Bréfritari: Guðrún Þorsteinsdóttir
Viðtakandi: Páll Pálsson
Dagsetning: A-1872-04-14
Skrifað á: Breiðabólsstað  Rang.
Páll er móðurbróðir Guðrúnar

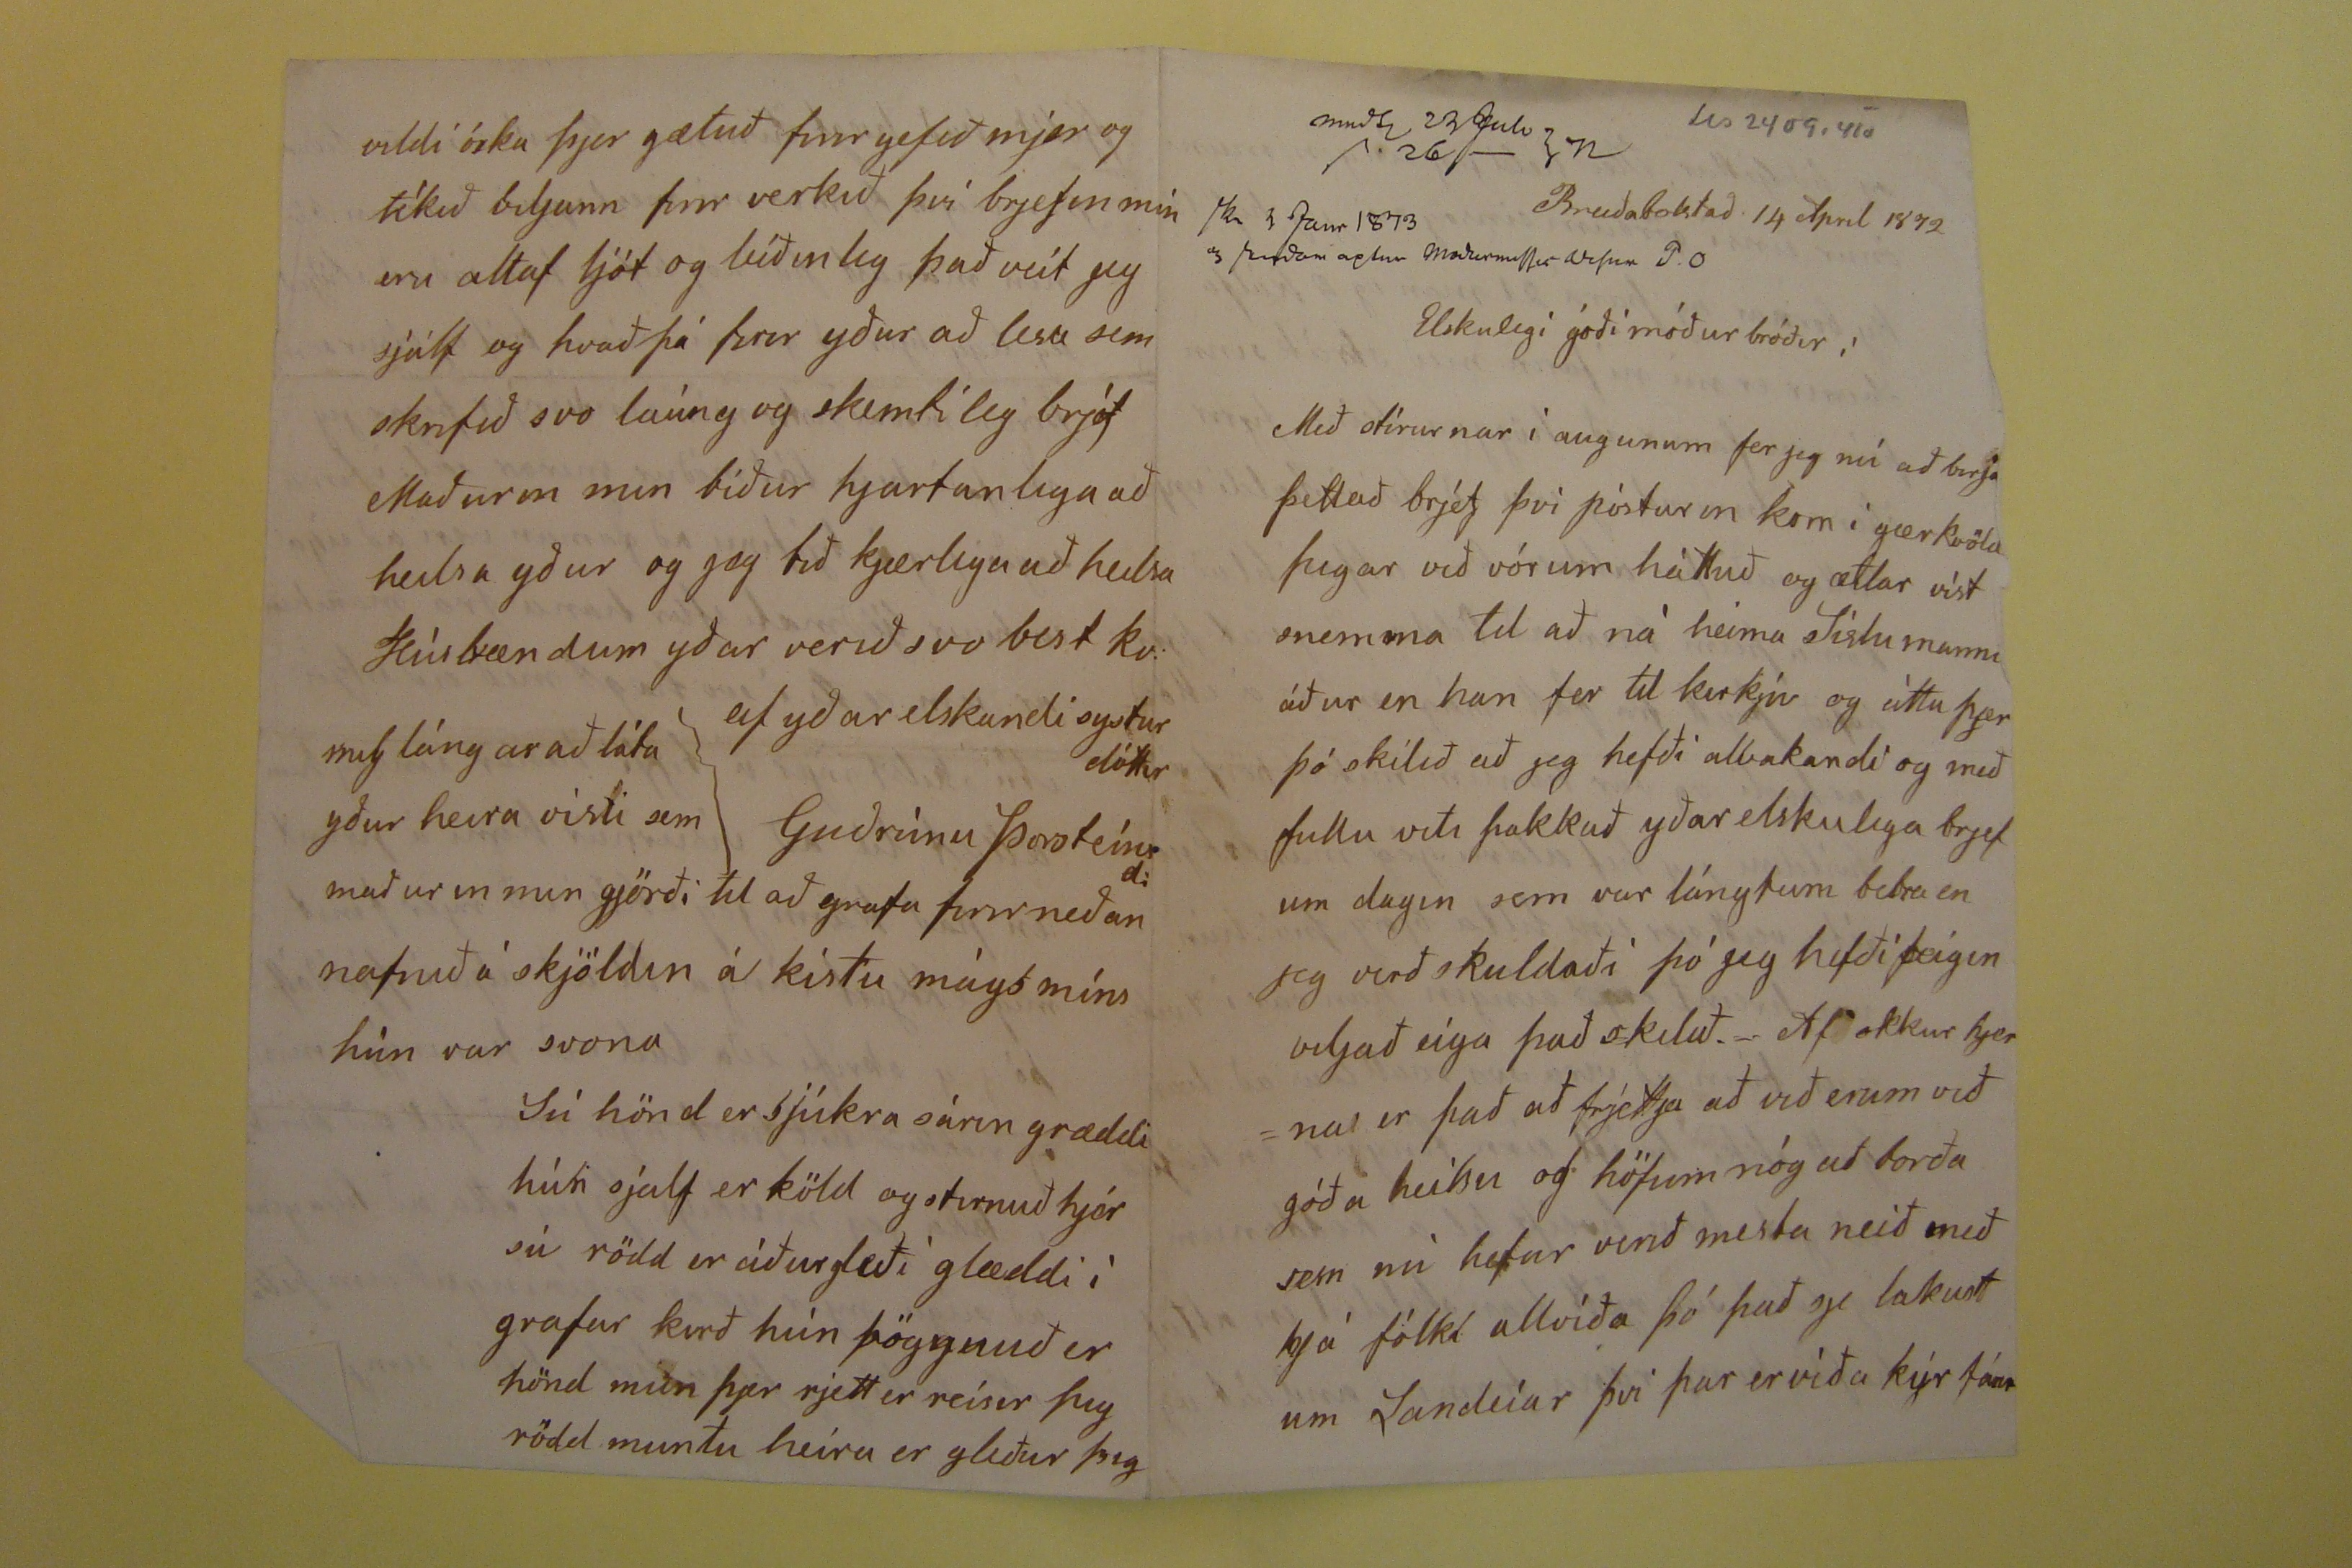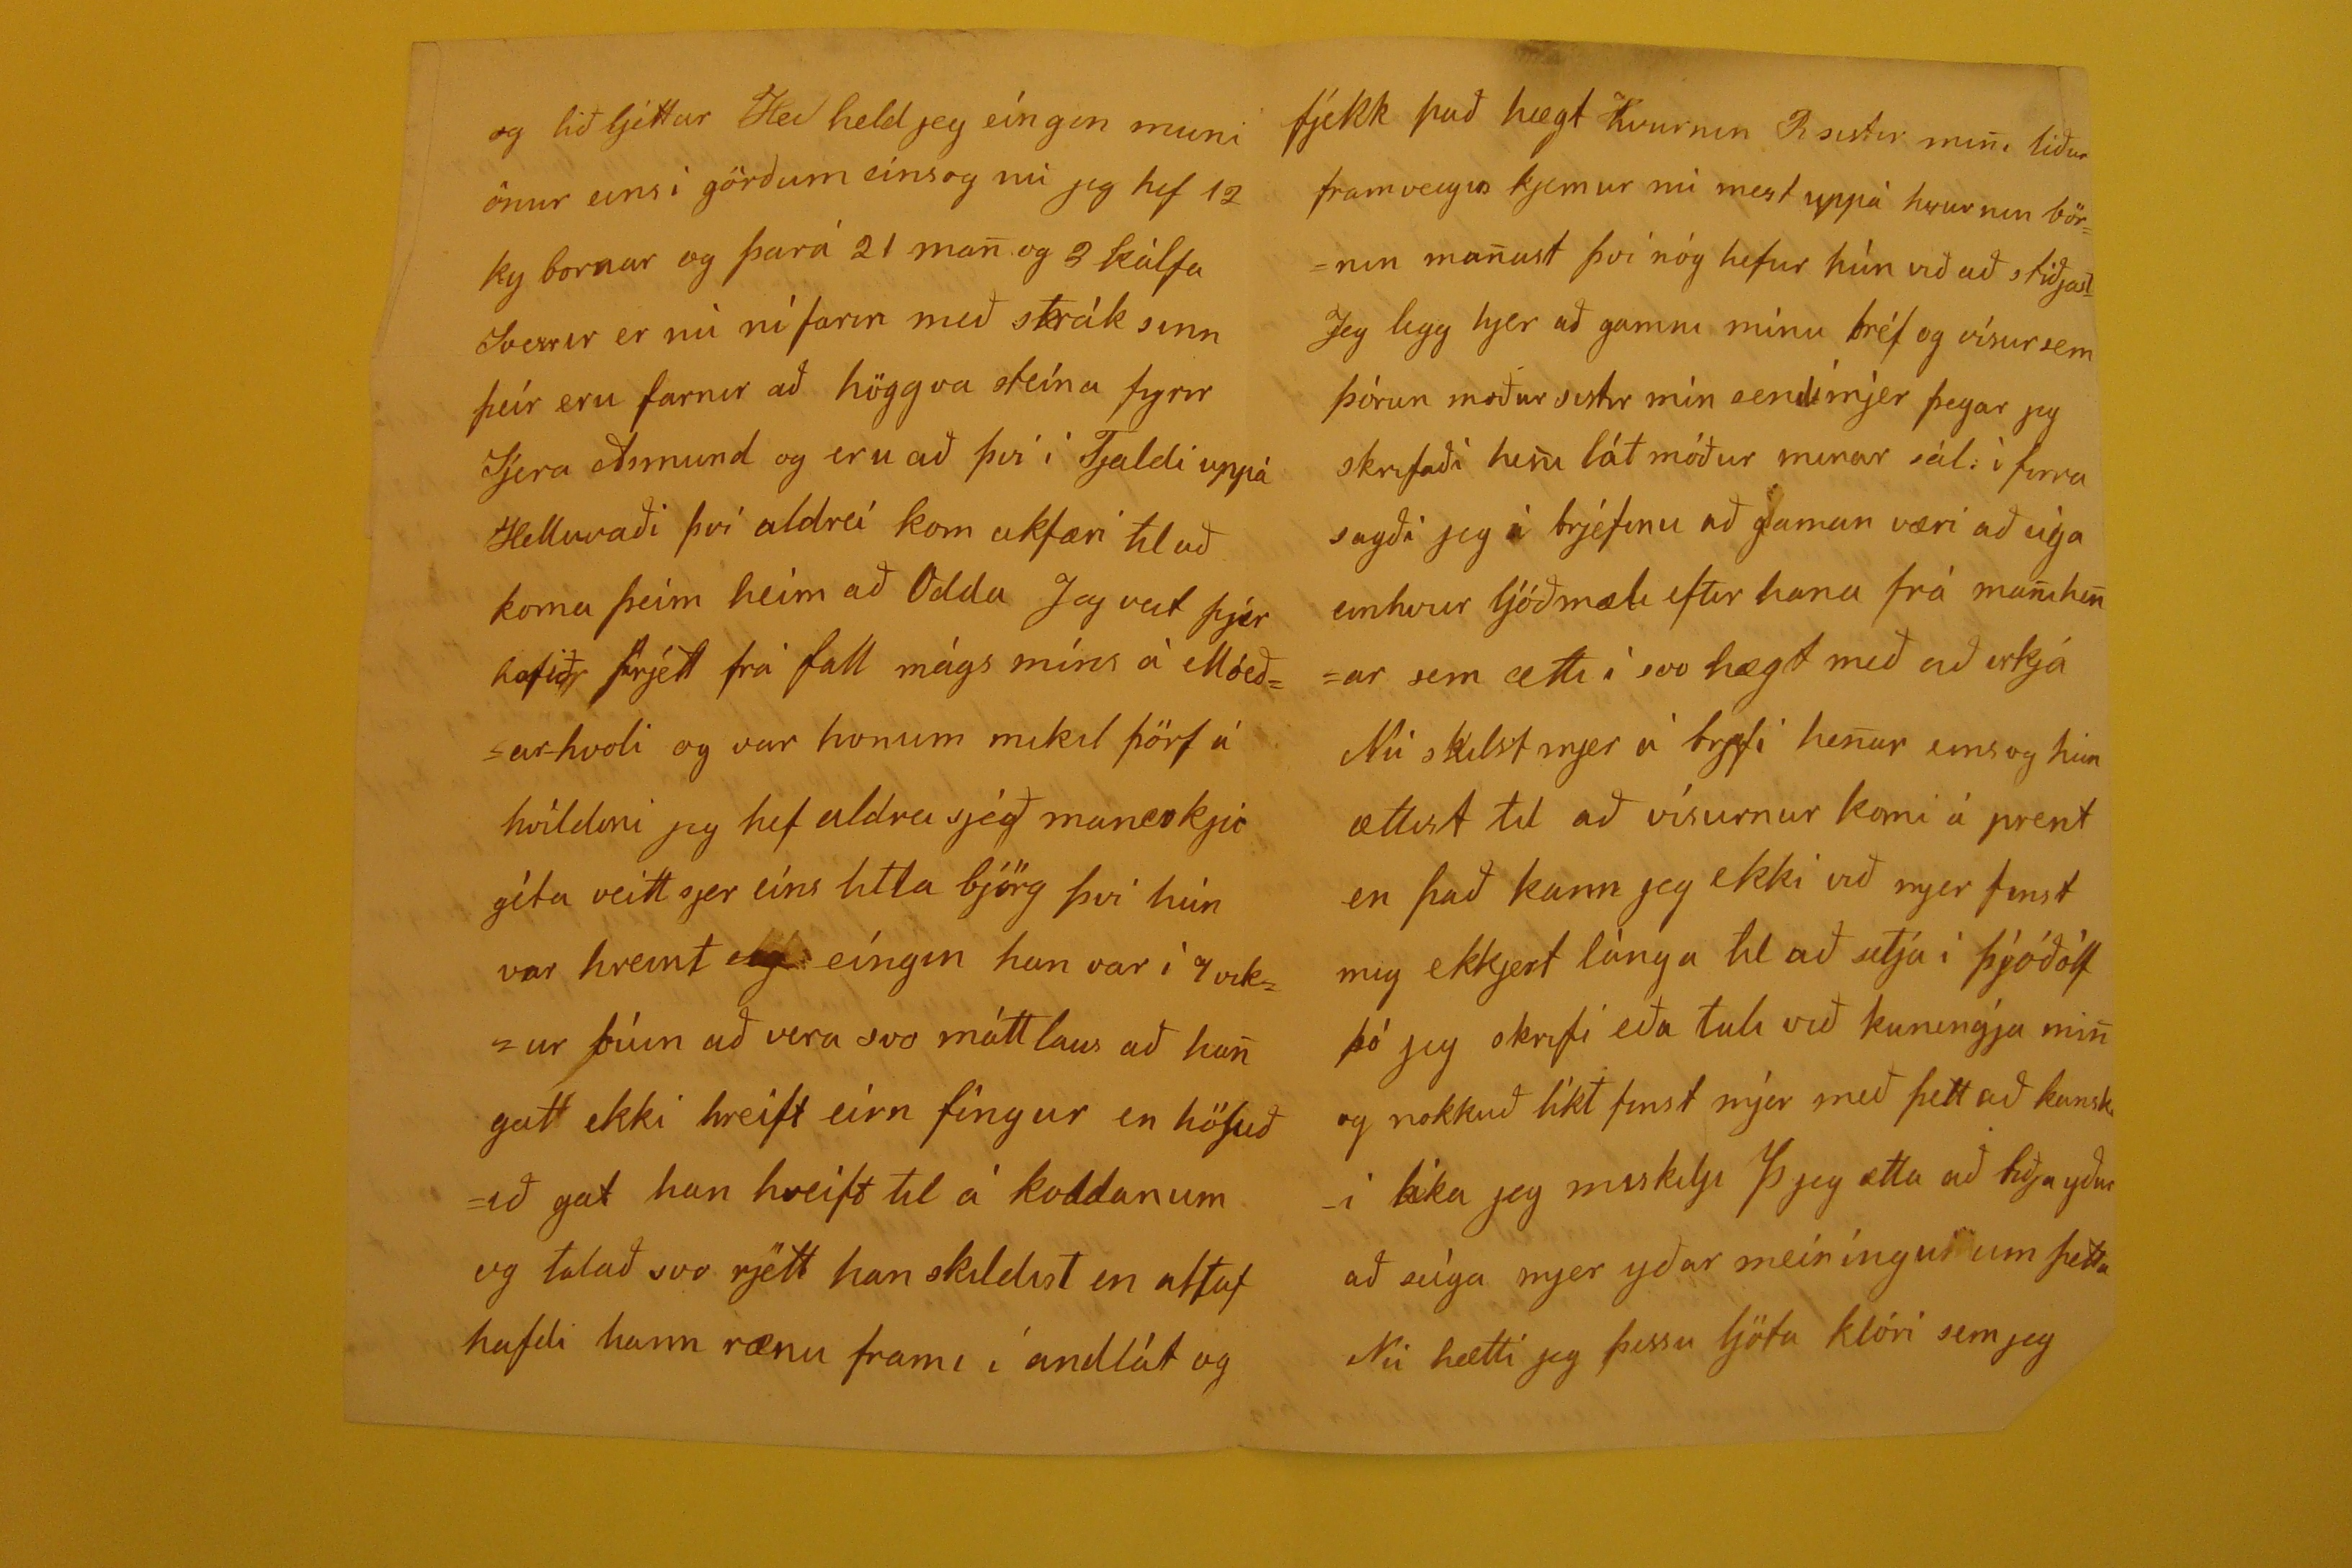

Breiðabolstað 14 April 1872
Elskulegi góði móðurbróðir!
Með stírurnar í augunum fer jeg nú að birja þettað brjef því pósturin kom í gærkvöld þegar við vórum háttuð og ætlar víst snemma til að ná heima
Síslu manni
áður en han fer til kirkju og áttu þjer þó skilið að jeg hefði alvakandi og með fullu viti þakkað yðar elskulega brjef um dagin sem var lángtum betra en jeg verðskuldaði þó jeg hefði feigin viljað eíga það skilið. Af okkur hjerna er það að frjettja að við erum við góða heilsu og höfum nóg að borða sem nú hefur verið mesta neið með hjá fólki allvíða þó það sje lakust um Landeíar þvi þar er víða kýr
fá??
og
lið
ljettar Hei held jeg eíngin muni önur eins i görðum einsog nú jeg hef 12 ky bornar og þará 21 man og 3 kálfa Sverrir er nú ní farin með strák sinn þeír eru farnir að höggva steína fyrir Sjera Armund og eru að því í Tjaldi uppá Helluvaði því aldreí kom ukfæri til að koma þeim heim að Odda Jeg veit þjer hafið frjett frá fall mágs míns á Móeðar-hvoli og var honum mikil þörf á hvíldini jeg hef aldrei sjeð maneskju géta veitt sjer eís litla björg því hún var hreint
eig
eíngin hun var í 7 vikur búin að vera máttlaus að hun gat ekki hreift eírn fingur en höfuðið gat hun hreift til á koddanum og talað svo rjett han skildist en altaf hafdi hann rænu frami í andlát og
fjekk það hægt hvurni
Rsistir mini
liður framveigis kjemur nú mest uppá hvurnin börnin manust því nóg hefur hún við að stiðjast Jeg legg hjer að gamni mínu bréf og vísur sem þórun moður sistir mín sendi mjer þegar jeg skrifaði heni lát móður minar sál. í firra sagði jeg í brjefinu að gaman væri að eíga einhvur ljóðmæli eftir hana frá munihenar sem ætti í svo hægt með að irkja Nú skilst mjer á brjefi henar einsog hún ætlist til að vísurnar komi á prent en það kann jeg ekki við mjer finst mig ekkjert lánga til að setja í þjóðólf þó jeg skrifi eða tali við kuningja min og nokkuð líkt finst mjer með þettað kanski
líka
jeg miskilji
Þ jeg
ætla að biðja yður að seíga mjer yðar meíníngu um þetta Nú hætti jeg þessu ljóta klóri semjeg
vildi óska þjer gætuð firir gefið mjer og tékið
viljunn
firir verkið því brjefin min eru altaf ljót og leíðinleg það veit jeg sjálf og hvað þá firir yður að lesa sem skrifið svo laúng og skemtileg brjef Maðurin min biður hjartanlega að heilsa yður og jeg bið kjærlega að heilsa Húsbændum yðar verið svo best kv. af yðar elskandi systurdóttir
Guðrúnu Þorsteinsd.
mig la´ngar að láta yður heira visu sem maðurin min gjörði til að grafa firir neðan nafnið á skjöldin á kistu mágs míns hún var svona Sú hönd er sjúkra sárin græddi hún sjálf er köld og stirnuð hjer sú rödd er áðurgleði glæddi í grafar kirð hún þöggnuð er hönd mun þjer rjett er reísir þig rödd muntu heira er gleður þig